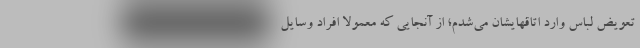
تعویض لباس وارد اتاقهایشان می‌شدم؛ از آنجایی که معمولاً افراد وسایل